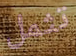
تثمل